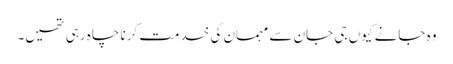
وہ جانے کیوں جی جان سے مہمان کی خدمت کرنا چاہ رہی تھیں۔